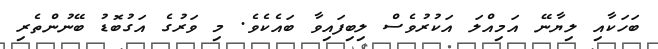
ބަހަކާއި ލިޔާނޭ އަމިއްލަ އަކުރުވެސް ލިބިފައިވާ ބައެކެވެ. މި ވަރުގެ އަގުބޮޑު ބޭނުންތެރި